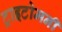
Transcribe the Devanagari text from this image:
ट्राइटोमनी